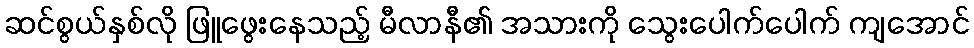
ဆင်စွယ်နှစ်လို ဖြူဖွေးနေသည့် မီလာနီ၏ အသားကို သွေးပေါက်ပေါက် ကျအောင်